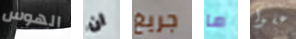
الهوس ان جريغ ما عفوا